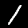
Label: 1